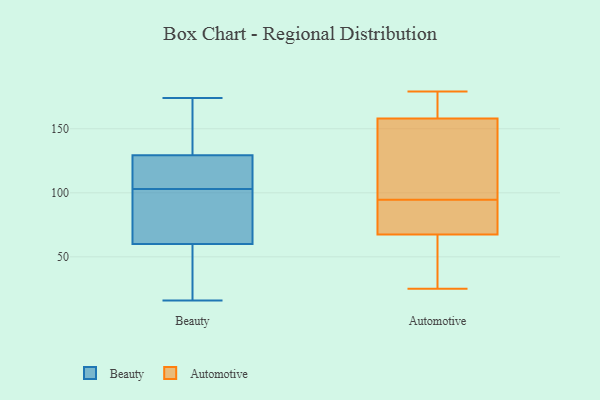
{"axis": {"x": "Bounce Rate (%)", "y": "Value"}, "legend": ["Automotive", "Beauty"], "data": [{"x": "", "y": 57, "type": "Beauty"}, {"x": "", "y": 134, "type": "Beauty"}, {"x": "", "y": 45, "type": "Beauty"}, {"x": "", "y": 104, "type": "Beauty"}, {"x": "", "y": 114, "type": "Beauty"}, {"x": "", "y": 100, "type": "Beauty"}, {"x": "", "y": 86, "type": "Beauty"}, {"x": "", "y": 82, "type": "Beauty"}, {"x": "", "y": 115, "type": "Beauty"}, {"x": "", "y": 69, "type": "Beauty"}, {"x": "", "y": 27, "type": "Beauty"}, {"x": "", "y": 174, "type": "Beauty"}, {"x": "", "y": 139, "type": "Beauty"}, {"x": "", "y": 40, "type": "Beauty"}, {"x": "", "y": 164, "type": "Beauty"}, {"x": "", "y": 109, "type": "Beauty"}, {"x": "", "y": 16, "type": "Beauty"}, {"x": "", "y": 140, "type": "Beauty"}, {"x": "", "y": 103, "type": "Beauty"}, {"x": "", "y": 88, "type": "Automotive"}, {"x": "", "y": 134, "type": "Automotive"}, {"x": "", "y": 60, "type": "Automotive"}, {"x": "", "y": 25, "type": "Automotive"}, {"x": "", "y": 58, "type": "Automotive"}, {"x": "", "y": 179, "type": "Automotive"}, {"x": "", "y": 165, "type": "Automotive"}, {"x": "", "y": 173, "type": "Automotive"}, {"x": "", "y": 151, "type": "Automotive"}, {"x": "", "y": 101, "type": "Automotive"}, {"x": "", "y": 75, "type": "Automotive"}, {"x": "", "y": 86, "type": "Automotive"}]}